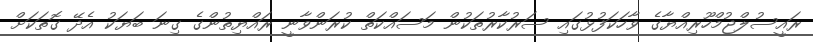
ރައީސުލްޖުމްހޫރިއްޔާގެ ވާހަކަފުޅުގައި ސަރުކާރުތަކުން މަސައްކަތް ކުރަންވާނީ ރައްޔިތުންގެ ގިނަ ބަޔަކު އެދޭ ގޮތަކަށް